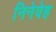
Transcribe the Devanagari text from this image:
निनेवेह